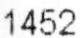
1452